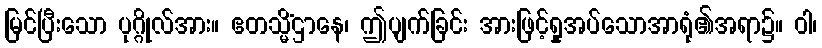
မြင်ပြီးသော ပုဂ္ဂိုလ်အား။ ဧတသ္မိံဌာနေ၊ ဤပျက်ခြင်း အားဖြင့်ရှုအပ်သောအာရုံ၏အရာ၌။ ဝါ၊